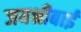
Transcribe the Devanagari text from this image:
जयश्रीबाई